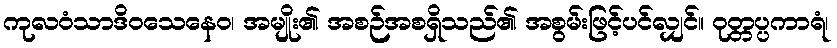
ကုလဝံသာဒိဝသေနေဝ၊ အမျိုး၏ အစဉ်အစရှိသည်၏ အစွမ်းဖြင့်ပင်လျှင်။ ဝုတ္တပ္ပကာရံ၊